Vaccination in Bombay 1924-1928 - 1924-1928
Year: 1924
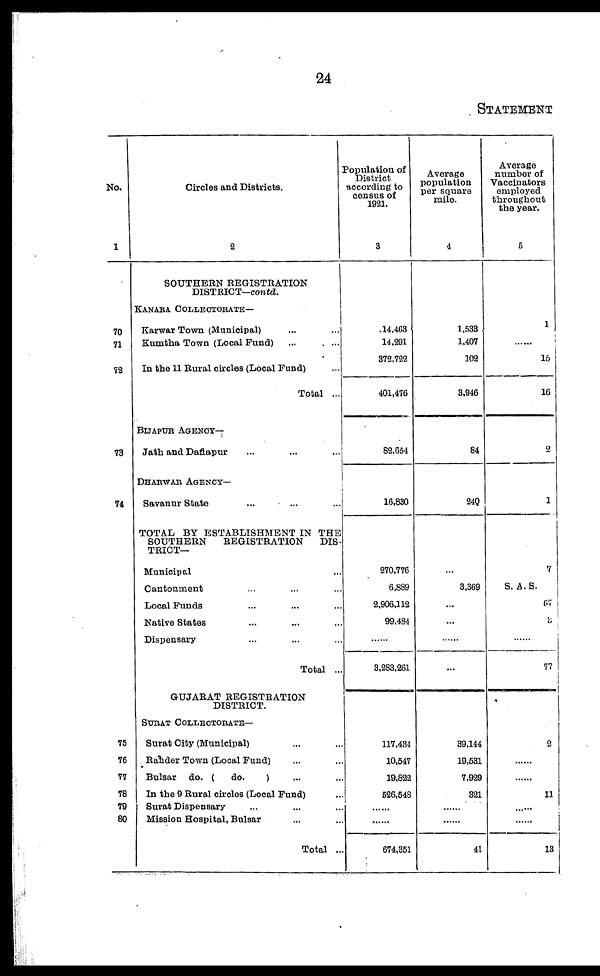
24
STATEMENT
No.
1
70
71
72
73
74
75
76
77
78
79
80
Circles and Districts.
2
SOUTHERN REGISTRATION
DISTRICT—contd.
KANARA COLLECTORATE—
Karwar Town (Municipal) ... ...
Kumtha Town (Local Fund) ... ...
In the 11 Rural circles (Local Fund) ...
Total ...
BIJAPUR AGENCY—
Jath and Daflapur ... ... ...
DHARWAR AGENCY—
Savanur State ... ... ...
TOTAL BY ESTABLISHMENT IN THE
SOUTHERN
REGISTRATION
DIS-
TRICT—
Municipal ...
Cantonment ... ... ...
Local Funds ... ... ...
Native States ... ... ...
Dispensary ... ... ...
Total ...
GUJARAT REGISTRATION
DISTRICT.
SURAT COLLECTORATE—
Surat City (Municipal) ... ...
Rahder Town (Local Fund) ... ...
Bulsar do. (
do.
) ... ...
In the 9 Rural circles (Local Fund) ...
Surat Dispensary ... ... ...
Mission Hospital, Bulsar ... ...
Total ...
Population of
District
according to
census of
1921.
3
14,463
14,291
372,722
401,476
82,654
16,830
270,776
6,889
2,906,112
99,484
...
3,283,261
117,434
10,547
19,822
526,548
......
......
674,351
Average
population
per square
mile.
4
1,533
1,407
102
3,946
84
240
...
3,369
...
...
...
...
39,144
19,531
7,929
321
......
......
41
Average
number of
Vaccinators
employed
throughout
the year.
5
1
......
15
16
2
1
7
S. A.S.
65
3
...
77
2
......
......
11
......
......
13